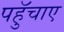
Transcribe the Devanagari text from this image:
पहुॅचाए